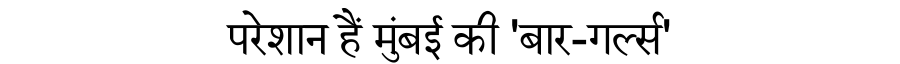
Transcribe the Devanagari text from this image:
परेशान हैं मुंबई की 'बार-गर्ल्स'